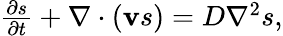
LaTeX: \begin{array}{r}{\frac{\partial s}{\partial t}+\nabla\cdot({\mathbf{v}}s)=D\nabla^{2}s,}\end{array}